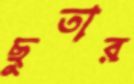
ছুতার